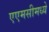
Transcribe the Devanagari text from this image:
एएमसीमध्ये